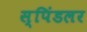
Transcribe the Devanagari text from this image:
स्पिंडलर